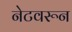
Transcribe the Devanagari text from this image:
नेटवरून